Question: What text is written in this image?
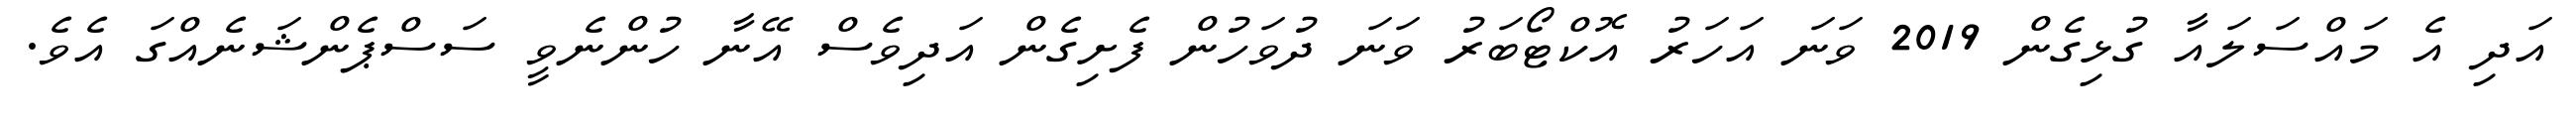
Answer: އަދި އެ މައްސަލައާ ގުޅިގެން 2019 ވަނަ އަހަރު އޮކްޓޯބަރު ވަނަ ދުވަހުން ފެށިގެން އަދިވެސް އޭނާ ހުންނެވީ ސަސްޕެންޝަނެއްގަ އެވެ.